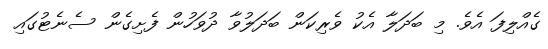
ގެއްލިފަ އެވެ. މި ބަދަލާ އެކު ވެރިކަން ބަދަލުވާ ދުވަހުން ފެށިގެން ސެނެޓުގައި